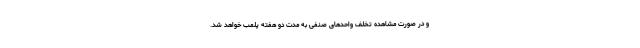
و در صورت مشاهده تخلف واحد‌های صنفی به مدت دو هفته پلمب خواهد شد.